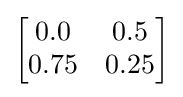
{\begin{bmatrix}0.0&0.5\\0.75&0.25\\\end{bmatrix}}